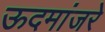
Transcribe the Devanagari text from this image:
ऊदमांजरे